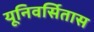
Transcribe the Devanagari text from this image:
यूनिवर्सितास